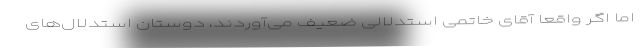
اما اگر واقعا آقای خاتمی استدلالی ضعیف می‌آوردند، دوستان استدلال‌های